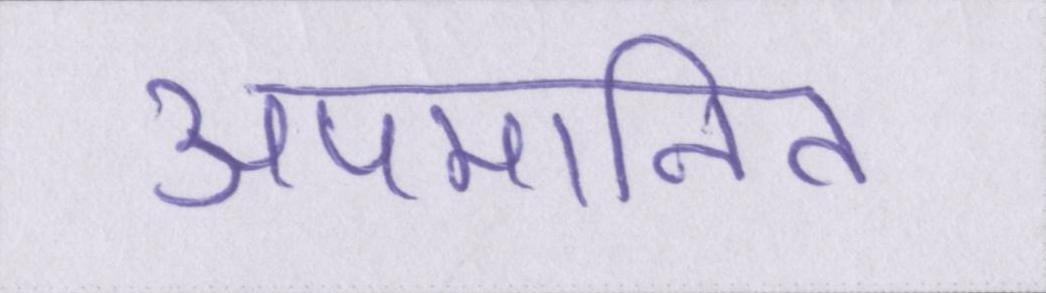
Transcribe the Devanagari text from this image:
अपमानित